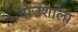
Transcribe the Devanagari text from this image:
गोउशाला